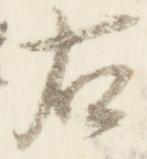
右